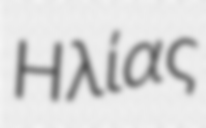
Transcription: Ηλίας